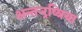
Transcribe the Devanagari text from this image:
अन्तर्‍र्रष्त्रिया